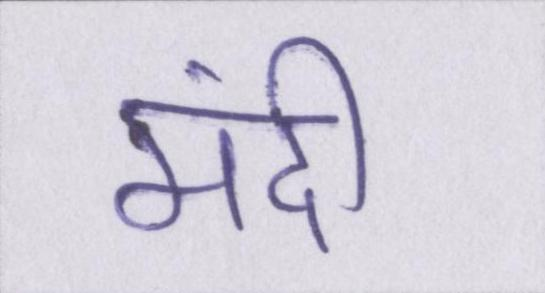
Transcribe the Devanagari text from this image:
मंदी